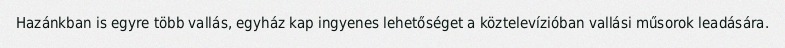
Hazánkban is egyre több vallás, egyház kap ingyenes lehetőséget a köztelevízióban vallási műsorok leadására.